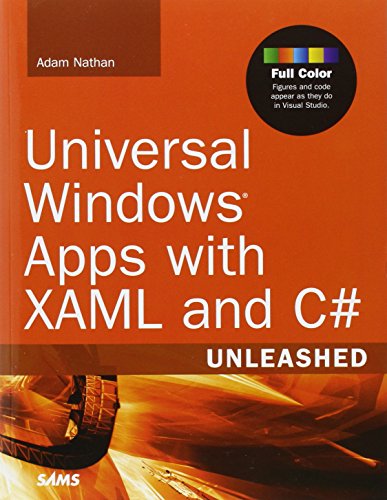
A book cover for Universal Windows Apps with XAML and C# Unleashed; Adam Nathan; Computers & Technology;